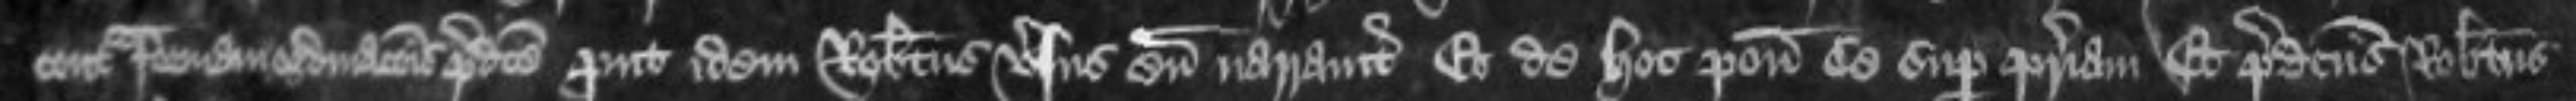
contra formam ordinacionis predicte prout idem Robertus versus eum narravit Et de hoc ponit se super patriam Et predictus Robertus